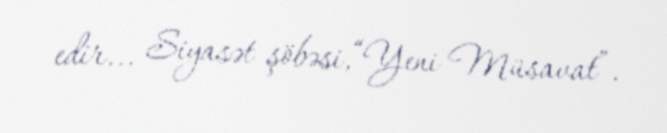
edir... Siyasət şöbəsi,“Yeni Müsavat”.